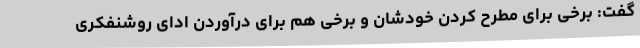
گفت: برخی برای مطرح کردن خودشان و برخی هم برای درآوردن ادای روشنفکری